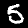
Label: 5